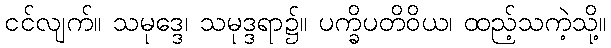
ငင်လျက်။ သမုဒ္ဒေ၊ သမုဒ္ဒရာ၌။ ပက္ခိပတိဝိယ၊ ထည့်သကဲ့သို့။